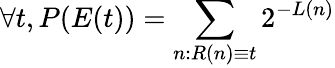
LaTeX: \forall t,P(E(t))=\sum_{n:R(n)\equiv t}2^{-L(n)}